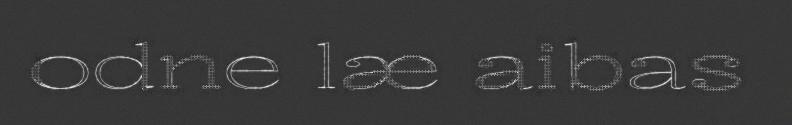
odne læ aibas